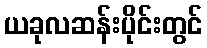
ယခုလဆန်းပိုင်းတွင်